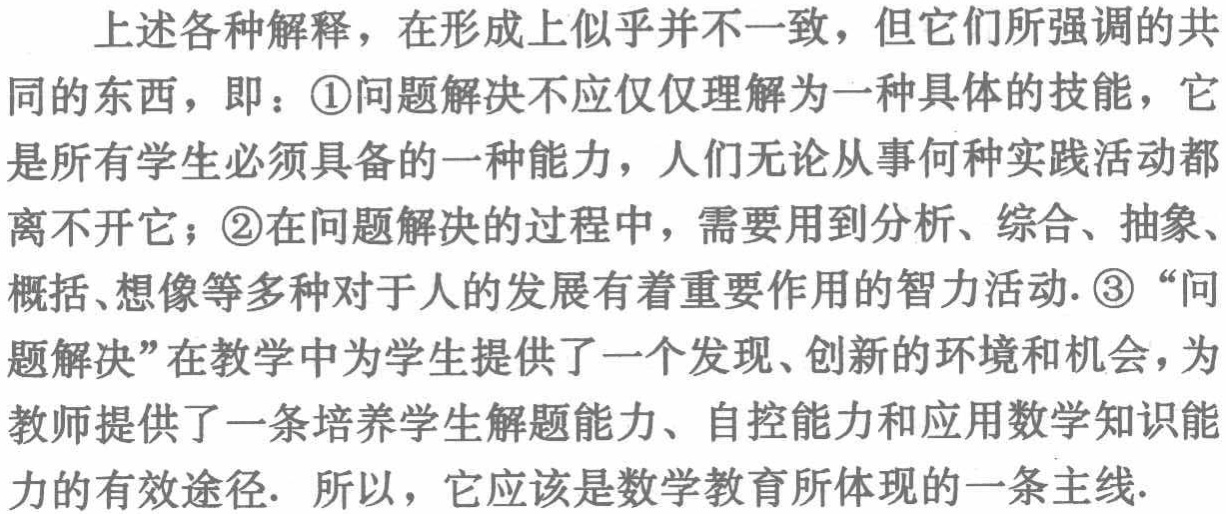
上述各种解释，在形成上似乎并不一致，但它们所强调的共同的东西，即：\textcircled{1}问题解决不应仅仅理解为一种具体的技能，它是所有学生必须具备的一种能力，人们无论从事何种实践活动都离不开它；\textcircled{2}在问题解决的过程中，需要用到分析、综合、抽象、概括、想像等多种对于人的发展有着重要作用的智力活动. \textcircled{3}“问题解决”在教学中为学生提供了一个发现、创新的环境和机会，为教师提供了一条培养学生解题能力、自控能力和应用数学知识能力的有效途径. 所以，它应该是数学教育所体现的一条主线.